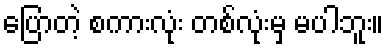
ပြောတဲ့ စကားလုံး တစ်လုံးမှ မပါဘူး။